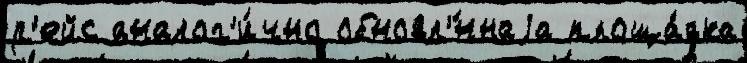
р'ейс аналог'и́чно обновл'́ннаjа площа́дка